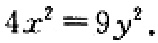
\(4x^{2}=9y^{2}\)